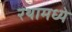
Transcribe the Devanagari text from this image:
रथामध्ये